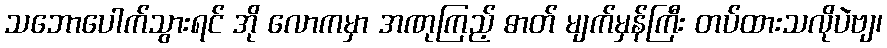
သဘောပေါက်သွားရင် အို လောကမှာ အဏုကြည့် ဓာတ် မျက်မှန်ကြီး တပ်ထားသလိုပဲဗျ၊